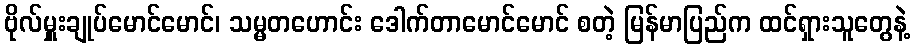
ဗိုလ်မှူးချုပ်မောင်မောင်၊ သမ္မတဟောင်း ဒေါက်တာမောင်မောင် စတဲ့ မြန်မာပြည်က ထင်ရှားသူတွေနဲ့